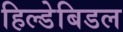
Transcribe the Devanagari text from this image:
हिल्डेबिडल